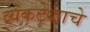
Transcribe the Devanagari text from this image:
व्यंकटेशाचे